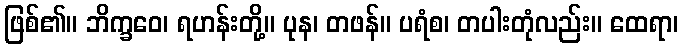
ဖြစ်၏။ ဘိက္ခဝေ၊ ရဟန်းတို့။ ပုန၊ တဖန်။ ပရံစ၊ တပါးတုံလည်း။ ထေရာ၊